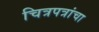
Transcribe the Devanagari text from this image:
चित्रपत्रांचा